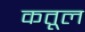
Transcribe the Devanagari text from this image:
कतूल